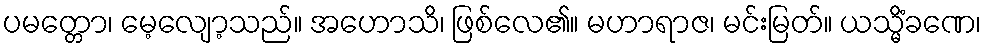
ပမတ္တော၊ မေ့လျော့သည်။ အဟောသိ၊ ဖြစ်လေ၏။ မဟာရာဇ၊ မင်းမြတ်။ ယသ္မိံခဏေ၊